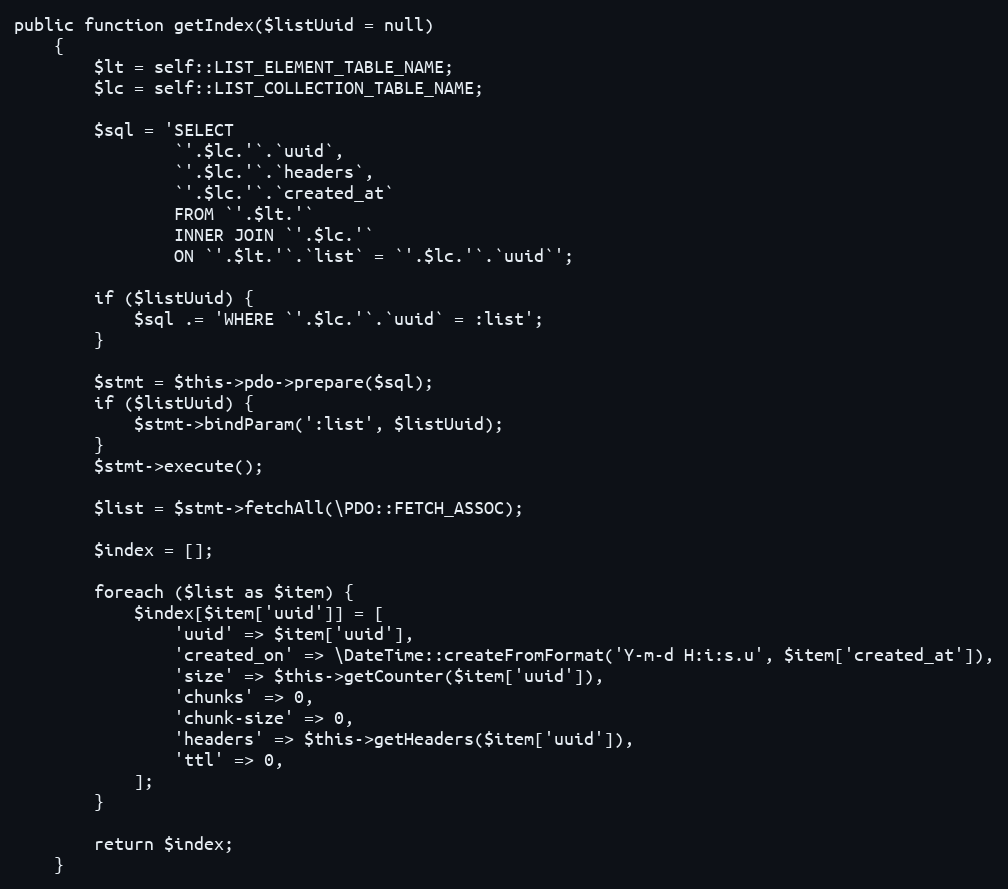
Language: PHP
public function getIndex($listUuid = null)
    {
        $lt = self::LIST_ELEMENT_TABLE_NAME;
        $lc = self::LIST_COLLECTION_TABLE_NAME;

        $sql = 'SELECT
                `'.$lc.'`.`uuid`,
                `'.$lc.'`.`headers`,
                `'.$lc.'`.`created_at`
                FROM `'.$lt.'`
                INNER JOIN `'.$lc.'`
                ON `'.$lt.'`.`list` = `'.$lc.'`.`uuid`';

        if ($listUuid) {
            $sql .= 'WHERE `'.$lc.'`.`uuid` = :list';
        }

        $stmt = $this->pdo->prepare($sql);
        if ($listUuid) {
            $stmt->bindParam(':list', $listUuid);
        }
        $stmt->execute();

        $list = $stmt->fetchAll(\PDO::FETCH_ASSOC);

        $index = [];

        foreach ($list as $item) {
            $index[$item['uuid']] = [
                'uuid' => $item['uuid'],
                'created_on' => \DateTime::createFromFormat('Y-m-d H:i:s.u', $item['created_at']),
                'size' => $this->getCounter($item['uuid']),
                'chunks' => 0,
                'chunk-size' => 0,
                'headers' => $this->getHeaders($item['uuid']),
                'ttl' => 0,
            ];
        }

        return $index;
    }